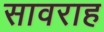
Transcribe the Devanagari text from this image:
सावराह